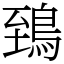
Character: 鵄